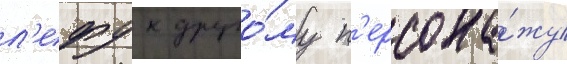
л'ефу к друго́му п'ерсона́жу